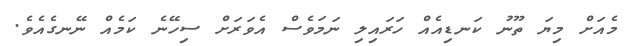
މެއަށް މިޔަ ތޫނު ކަނޑިއެއް ހަރައިލި ނަމަވެސް އެވަރަށް ސިހޭނެ ކަމެއް ނޭނގެއެވެ.